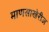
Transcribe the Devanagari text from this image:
माणसाखेरीज